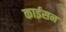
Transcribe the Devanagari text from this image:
काईसन